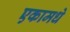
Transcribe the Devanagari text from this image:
एकामधे